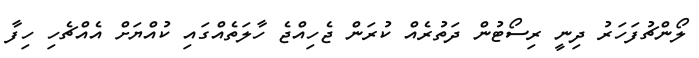
ލޯންޗުފަހަރު ދިނީ ރިސޯޓުން ދަތުރެއް ކުރަން ޖެހިއްޖެ ހާލަތެއްގައި ކުއްޔަށް އެއްޗެހި ހިފާ